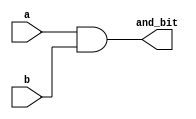
`timescale 1ns/1ps
// 2 input AND gate for the ALU 
//(output,input)
module ALU_AND (and_bit,a,b);
	
  output [31:0] and_bit;
  input [31:0] a, b;

  assign and_bit = (a & b);
	
endmodule